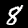
Label: 8